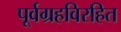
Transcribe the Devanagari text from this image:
पूर्वग्रहविरहित